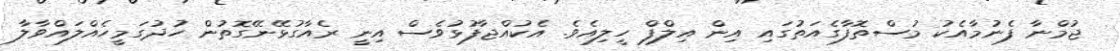
ޖުމްނާ ފެނުމާއެކު މުސްތޮފާގެއަތުގައި އިން އިލްފް ހީލިއެވެ. އެކުއްޖާފުޅުވެސް އިނީ ރެއާގުޅޭނޭގޮތުން ހުދުގަމީހެއްލައްވާލާ